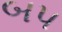
બપ